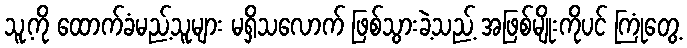
သူ့ကို ထောက်ခံမည့်သူများ မရှိသလောက် ဖြစ်သွားခဲ့သည့် အဖြစ်မျိုးကိုပင် ကြုံတွေ့